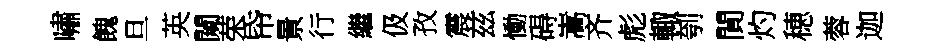
嘯餽旦英闚荣帋㬌行繼伋孜震兹慟碍嵩齐彪輙刳閴灼穂蓉迦